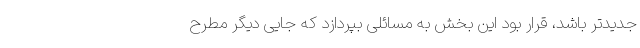
جدیدتر باشد، قرار بود این بخش به مسائلی بپردازد که جایی دیگر مطرح